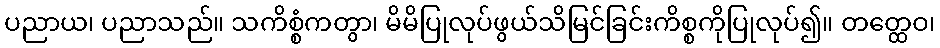
ပညာယ၊ ပညာသည်။ သကိစ္စံကတွာ၊ မိမိပြုလုပ်ဖွယ်သိမြင်ခြင်းကိစ္စကိုပြုလုပ်၍။ တတ္ထေဝ၊